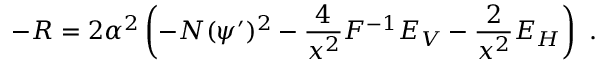
- R = 2 \alpha ^ { 2 } \left( - N ( \psi ^ { \prime } ) ^ { 2 } - { \frac { 4 } { x ^ { 2 } } } F ^ { - 1 } E _ { V } - { \frac { 2 } { x ^ { 2 } } } E _ { H } \right) \ .